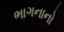
ભાગનાનો